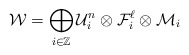
\begin{align*} \mathcal W = \bigoplus_{i \in \mathbb Z} \mathcal U_i^n \otimes \mathcal F_i^\ell \otimes \mathcal M_i \end{align*}